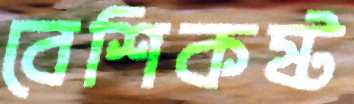
বেশিকষ্ট